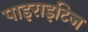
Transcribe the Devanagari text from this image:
पाइराइटिज